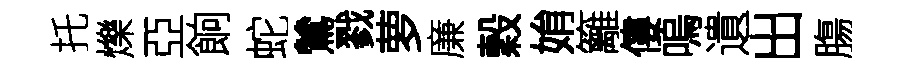
托爍亞餉蛇鷥戮萝廉穀姢籬僂嗚遺出膓